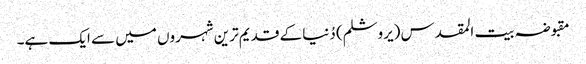
مقبوضہ بیت المقدس (یروشلم) دُنیا کے قدیم ترین شہروں میں سے ایک ہے۔